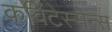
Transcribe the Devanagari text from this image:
क़विंटेस्सेन्स